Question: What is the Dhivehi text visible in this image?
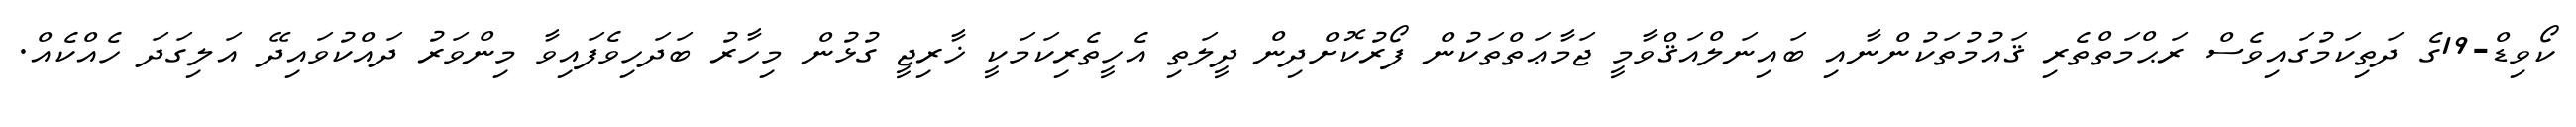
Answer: ކޯވިޑް-19ގެ ދަތިކަމުގައިވެސް ރަޙްމަތްތެރި ޤައުމުތަކުންނާއި ބައިނަލްއަޤްވާމީ ޖަމާޢަތްތަކުން ފޯރުކޮށްދިން ދީލަތި އެހީތެރިކަމަކީ ޚާރިޖީ ގުޅުން މިހާރު ބަދަހިވެފައިވާ މިންވަރު ދައްކުވައިދޭ އަލިގަދަ ހެއްކެއް.